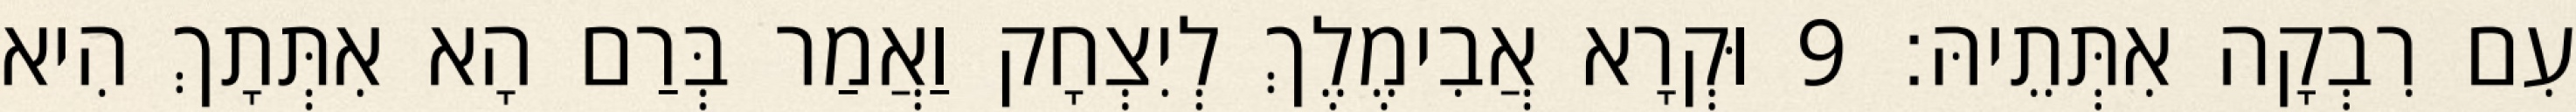
עִם רִבְקָה אִתְּתֵיהּ׃ 9 וּקְרָא אֲבִימֶלֶךְ לְיִצְחָק וַאֲמַר בְּרַם הָא אִתְּתָךְ הִיא